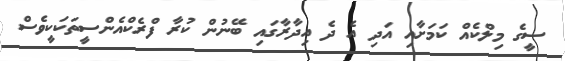
ސީގެ މިލްކެއް ކަމަށާއި އަދި އެ ދެ އިދާރާގައި ބޭނުން ކުރާ ފްރެކްއެންސީތަކަކީވެސް